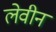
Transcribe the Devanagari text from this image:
लेवीन